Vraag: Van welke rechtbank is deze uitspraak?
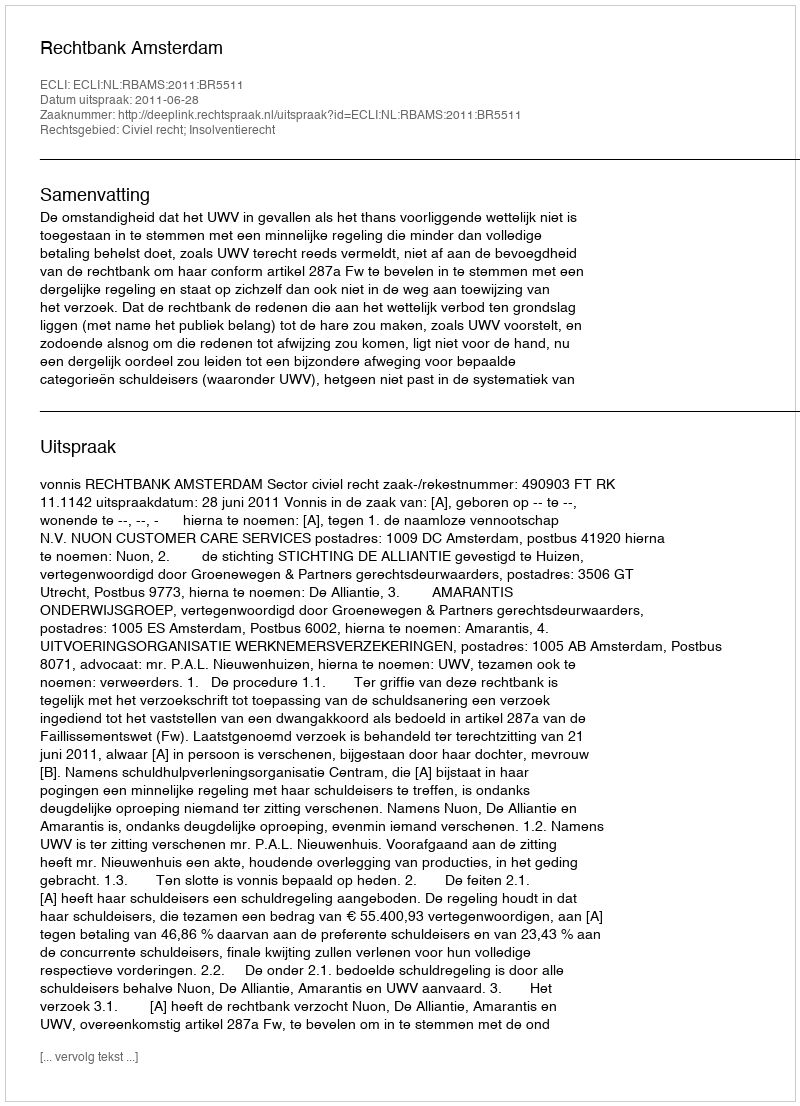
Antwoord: Rechtbank Amsterdam